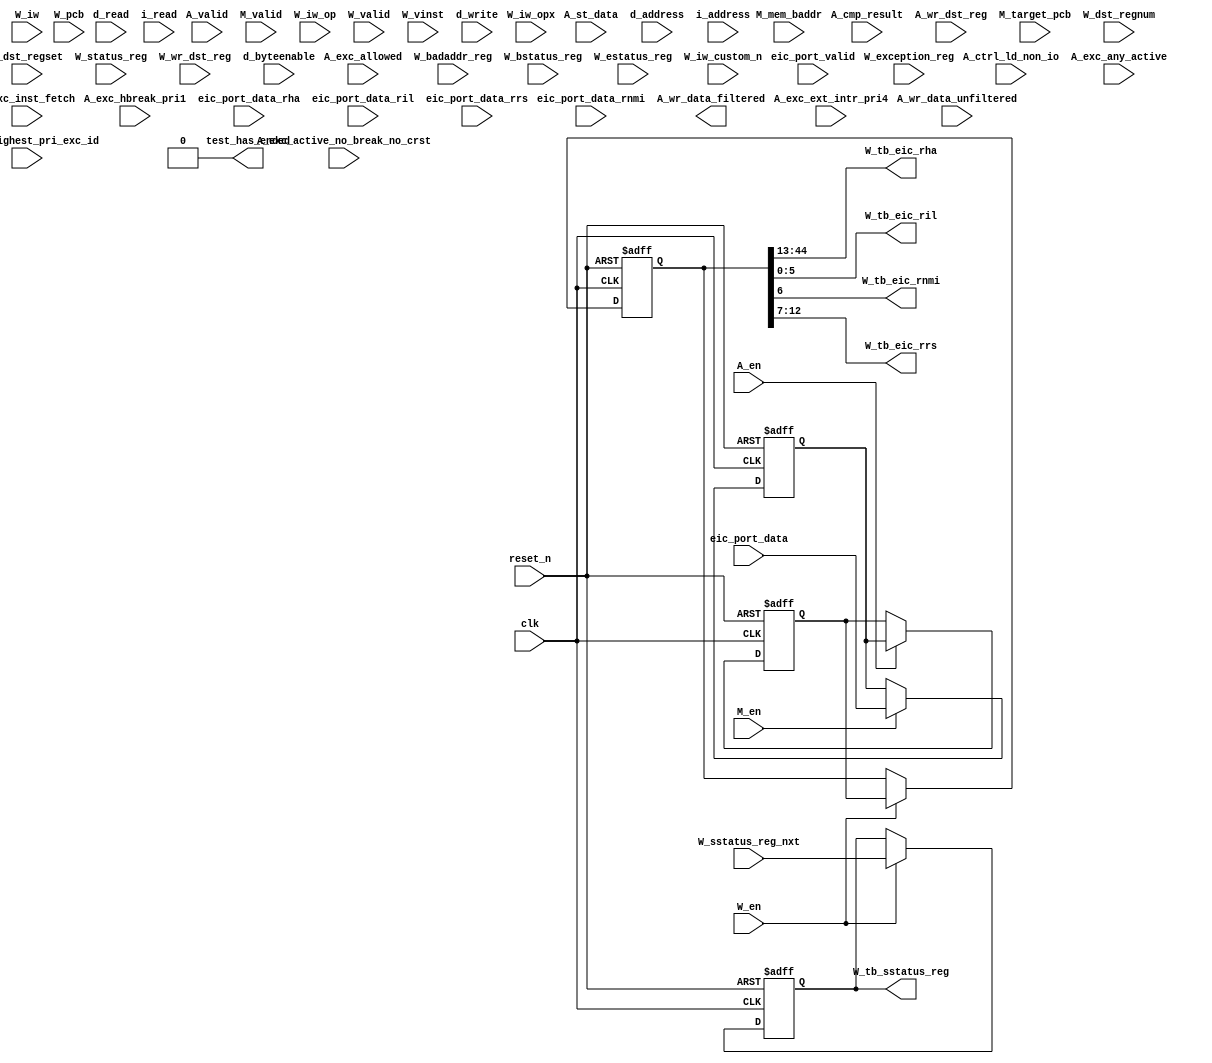
//Legal Notice: (C)2021 Altera Corporation. All rights reserved.  Your
//use of Altera Corporation's design tools, logic functions and other
//software and tools, and its AMPP partner logic functions, and any
//output files any of the foregoing (including device programming or
//simulation files), and any associated documentation or information are
//expressly subject to the terms and conditions of the Altera Program
//License Subscription Agreement or other applicable license agreement,
//including, without limitation, that your use is for the sole purpose
//of programming logic devices manufactured by Altera and sold by Altera
//or its authorized distributors.  Please refer to the applicable
//agreement for further details.

// synthesis translate_off
`timescale 1ns / 1ps
// synthesis translate_on

// turn off superfluous verilog processor warnings 
// altera message_level Level1 
// altera message_off 10034 10035 10036 10037 10230 10240 10030 

module controller_nios_0_cpu_test_bench (
                                          // inputs:
                                           A_cmp_result,
                                           A_ctrl_ld_non_io,
                                           A_en,
                                           A_exc_active_no_break_no_crst,
                                           A_exc_allowed,
                                           A_exc_any_active,
                                           A_exc_ext_intr_pri4,
                                           A_exc_hbreak_pri1,
                                           A_exc_highest_pri_exc_id,
                                           A_exc_inst_fetch,
                                           A_st_data,
                                           A_valid,
                                           A_wr_data_unfiltered,
                                           A_wr_dst_reg,
                                           M_en,
                                           M_mem_baddr,
                                           M_target_pcb,
                                           M_valid,
                                           W_badaddr_reg,
                                           W_bstatus_reg,
                                           W_dst_regnum,
                                           W_dst_regset,
                                           W_en,
                                           W_estatus_reg,
                                           W_exception_reg,
                                           W_iw,
                                           W_iw_custom_n,
                                           W_iw_op,
                                           W_iw_opx,
                                           W_pcb,
                                           W_sstatus_reg_nxt,
                                           W_status_reg,
                                           W_valid,
                                           W_vinst,
                                           W_wr_dst_reg,
                                           clk,
                                           d_address,
                                           d_byteenable,
                                           d_read,
                                           d_write,
                                           eic_port_data,
                                           eic_port_data_rha,
                                           eic_port_data_ril,
                                           eic_port_data_rnmi,
                                           eic_port_data_rrs,
                                           eic_port_valid,
                                           i_address,
                                           i_read,
                                           reset_n,

                                          // outputs:
                                           A_wr_data_filtered,
                                           W_tb_eic_rha,
                                           W_tb_eic_ril,
                                           W_tb_eic_rnmi,
                                           W_tb_eic_rrs,
                                           W_tb_sstatus_reg,
                                           test_has_ended
                                        )
;

  output  [ 31: 0] A_wr_data_filtered;
  output  [ 31: 0] W_tb_eic_rha;
  output  [  5: 0] W_tb_eic_ril;
  output           W_tb_eic_rnmi;
  output  [  5: 0] W_tb_eic_rrs;
  output  [ 31: 0] W_tb_sstatus_reg;
  output           test_has_ended;
  input            A_cmp_result;
  input            A_ctrl_ld_non_io;
  input            A_en;
  input            A_exc_active_no_break_no_crst;
  input            A_exc_allowed;
  input            A_exc_any_active;
  input            A_exc_ext_intr_pri4;
  input            A_exc_hbreak_pri1;
  input   [ 31: 0] A_exc_highest_pri_exc_id;
  input            A_exc_inst_fetch;
  input   [ 31: 0] A_st_data;
  input            A_valid;
  input   [ 31: 0] A_wr_data_unfiltered;
  input            A_wr_dst_reg;
  input            M_en;
  input   [ 15: 0] M_mem_baddr;
  input   [ 15: 0] M_target_pcb;
  input            M_valid;
  input   [ 31: 0] W_badaddr_reg;
  input   [ 31: 0] W_bstatus_reg;
  input   [  4: 0] W_dst_regnum;
  input   [  1: 0] W_dst_regset;
  input            W_en;
  input   [ 31: 0] W_estatus_reg;
  input   [ 31: 0] W_exception_reg;
  input   [ 31: 0] W_iw;
  input   [  7: 0] W_iw_custom_n;
  input   [  5: 0] W_iw_op;
  input   [  5: 0] W_iw_opx;
  input   [ 15: 0] W_pcb;
  input   [ 31: 0] W_sstatus_reg_nxt;
  input   [ 31: 0] W_status_reg;
  input            W_valid;
  input   [303: 0] W_vinst;
  input            W_wr_dst_reg;
  input            clk;
  input   [ 15: 0] d_address;
  input   [  3: 0] d_byteenable;
  input            d_read;
  input            d_write;
  input   [ 44: 0] eic_port_data;
  input   [ 31: 0] eic_port_data_rha;
  input   [  5: 0] eic_port_data_ril;
  input            eic_port_data_rnmi;
  input   [  5: 0] eic_port_data_rrs;
  input            eic_port_valid;
  input   [ 15: 0] i_address;
  input            i_read;
  input            reset_n;


wire             A_iw_invalid;
reg     [ 15: 0] A_mem_baddr;
reg     [ 15: 0] A_target_pcb;
reg     [ 44: 0] A_tb_eic_port_data;
wire    [ 31: 0] A_wr_data_filtered;
wire             A_wr_data_unfiltered_0_is_x;
wire             A_wr_data_unfiltered_10_is_x;
wire             A_wr_data_unfiltered_11_is_x;
wire             A_wr_data_unfiltered_12_is_x;
wire             A_wr_data_unfiltered_13_is_x;
wire             A_wr_data_unfiltered_14_is_x;
wire             A_wr_data_unfiltered_15_is_x;
wire             A_wr_data_unfiltered_16_is_x;
wire             A_wr_data_unfiltered_17_is_x;
wire             A_wr_data_unfiltered_18_is_x;
wire             A_wr_data_unfiltered_19_is_x;
wire             A_wr_data_unfiltered_1_is_x;
wire             A_wr_data_unfiltered_20_is_x;
wire             A_wr_data_unfiltered_21_is_x;
wire             A_wr_data_unfiltered_22_is_x;
wire             A_wr_data_unfiltered_23_is_x;
wire             A_wr_data_unfiltered_24_is_x;
wire             A_wr_data_unfiltered_25_is_x;
wire             A_wr_data_unfiltered_26_is_x;
wire             A_wr_data_unfiltered_27_is_x;
wire             A_wr_data_unfiltered_28_is_x;
wire             A_wr_data_unfiltered_29_is_x;
wire             A_wr_data_unfiltered_2_is_x;
wire             A_wr_data_unfiltered_30_is_x;
wire             A_wr_data_unfiltered_31_is_x;
wire             A_wr_data_unfiltered_3_is_x;
wire             A_wr_data_unfiltered_4_is_x;
wire             A_wr_data_unfiltered_5_is_x;
wire             A_wr_data_unfiltered_6_is_x;
wire             A_wr_data_unfiltered_7_is_x;
wire             A_wr_data_unfiltered_8_is_x;
wire             A_wr_data_unfiltered_9_is_x;
reg     [ 44: 0] M_tb_eic_port_data;
reg              W_cmp_result;
reg              W_exc_any_active;
reg     [ 31: 0] W_exc_highest_pri_exc_id;
wire             W_is_opx_inst;
reg              W_iw_invalid;
wire             W_op_add;
wire             W_op_addi;
wire             W_op_and;
wire             W_op_andhi;
wire             W_op_andi;
wire             W_op_beq;
wire             W_op_bge;
wire             W_op_bgeu;
wire             W_op_blt;
wire             W_op_bltu;
wire             W_op_bne;
wire             W_op_br;
wire             W_op_break;
wire             W_op_bret;
wire             W_op_call;
wire             W_op_callr;
wire             W_op_cmpeq;
wire             W_op_cmpeqi;
wire             W_op_cmpge;
wire             W_op_cmpgei;
wire             W_op_cmpgeu;
wire             W_op_cmpgeui;
wire             W_op_cmplt;
wire             W_op_cmplti;
wire             W_op_cmpltu;
wire             W_op_cmpltui;
wire             W_op_cmpne;
wire             W_op_cmpnei;
wire             W_op_crst;
wire             W_op_custom;
wire             W_op_div;
wire             W_op_divu;
wire             W_op_eret;
wire             W_op_flushd;
wire             W_op_flushda;
wire             W_op_flushi;
wire             W_op_flushp;
wire             W_op_hbreak;
wire             W_op_initd;
wire             W_op_initda;
wire             W_op_initi;
wire             W_op_intr;
wire             W_op_jmp;
wire             W_op_jmpi;
wire             W_op_ldb;
wire             W_op_ldbio;
wire             W_op_ldbu;
wire             W_op_ldbuio;
wire             W_op_ldh;
wire             W_op_ldhio;
wire             W_op_ldhu;
wire             W_op_ldhuio;
wire             W_op_ldl;
wire             W_op_ldw;
wire             W_op_ldwio;
wire             W_op_mul;
wire             W_op_muli;
wire             W_op_mulxss;
wire             W_op_mulxsu;
wire             W_op_mulxuu;
wire             W_op_nextpc;
wire             W_op_nios_custom_instr_floating_point_2_0;
wire             W_op_nios_custom_instr_floating_point_2_0_1;
wire             W_op_nor;
wire             W_op_op_rsv02;
wire             W_op_op_rsv09;
wire             W_op_op_rsv10;
wire             W_op_op_rsv17;
wire             W_op_op_rsv18;
wire             W_op_op_rsv25;
wire             W_op_op_rsv26;
wire             W_op_op_rsv33;
wire             W_op_op_rsv34;
wire             W_op_op_rsv41;
wire             W_op_op_rsv42;
wire             W_op_op_rsv49;
wire             W_op_op_rsv57;
wire             W_op_op_rsv61;
wire             W_op_op_rsv62;
wire             W_op_op_rsv63;
wire             W_op_opx_rsv00;
wire             W_op_opx_rsv10;
wire             W_op_opx_rsv15;
wire             W_op_opx_rsv17;
wire             W_op_opx_rsv21;
wire             W_op_opx_rsv25;
wire             W_op_opx_rsv33;
wire             W_op_opx_rsv34;
wire             W_op_opx_rsv35;
wire             W_op_opx_rsv42;
wire             W_op_opx_rsv43;
wire             W_op_opx_rsv44;
wire             W_op_opx_rsv47;
wire             W_op_opx_rsv50;
wire             W_op_opx_rsv51;
wire             W_op_opx_rsv55;
wire             W_op_opx_rsv56;
wire             W_op_opx_rsv60;
wire             W_op_opx_rsv63;
wire             W_op_or;
wire             W_op_orhi;
wire             W_op_ori;
wire             W_op_rdctl;
wire             W_op_rdprs;
wire             W_op_ret;
wire             W_op_rol;
wire             W_op_roli;
wire             W_op_ror;
wire             W_op_sll;
wire             W_op_slli;
wire             W_op_sra;
wire             W_op_srai;
wire             W_op_srl;
wire             W_op_srli;
wire             W_op_stb;
wire             W_op_stbio;
wire             W_op_stc;
wire             W_op_sth;
wire             W_op_sthio;
wire             W_op_stw;
wire             W_op_stwio;
wire             W_op_sub;
wire             W_op_sync;
wire             W_op_trap;
wire             W_op_wrctl;
wire             W_op_wrprs;
wire             W_op_xor;
wire             W_op_xorhi;
wire             W_op_xori;
reg     [ 31: 0] W_st_data;
reg     [ 15: 0] W_target_pcb;
reg     [ 44: 0] W_tb_eic_port_data;
wire    [ 31: 0] W_tb_eic_rha;
wire    [  5: 0] W_tb_eic_ril;
wire             W_tb_eic_rnmi;
wire    [  5: 0] W_tb_eic_rrs;
reg     [ 31: 0] W_tb_sstatus_reg;
reg              W_valid_crst;
reg              W_valid_hbreak;
reg              W_valid_intr;
reg     [ 31: 0] W_wr_data_filtered;
wire             test_has_ended;
  assign W_op_call = W_iw_op == 0;
  assign W_op_jmpi = W_iw_op == 1;
  assign W_op_op_rsv02 = W_iw_op == 2;
  assign W_op_ldbu = W_iw_op == 3;
  assign W_op_addi = W_iw_op == 4;
  assign W_op_stb = W_iw_op == 5;
  assign W_op_br = W_iw_op == 6;
  assign W_op_ldb = W_iw_op == 7;
  assign W_op_cmpgei = W_iw_op == 8;
  assign W_op_op_rsv09 = W_iw_op == 9;
  assign W_op_op_rsv10 = W_iw_op == 10;
  assign W_op_ldhu = W_iw_op == 11;
  assign W_op_andi = W_iw_op == 12;
  assign W_op_sth = W_iw_op == 13;
  assign W_op_bge = W_iw_op == 14;
  assign W_op_ldh = W_iw_op == 15;
  assign W_op_cmplti = W_iw_op == 16;
  assign W_op_op_rsv17 = W_iw_op == 17;
  assign W_op_op_rsv18 = W_iw_op == 18;
  assign W_op_initda = W_iw_op == 19;
  assign W_op_ori = W_iw_op == 20;
  assign W_op_stw = W_iw_op == 21;
  assign W_op_blt = W_iw_op == 22;
  assign W_op_ldw = W_iw_op == 23;
  assign W_op_cmpnei = W_iw_op == 24;
  assign W_op_op_rsv25 = W_iw_op == 25;
  assign W_op_op_rsv26 = W_iw_op == 26;
  assign W_op_flushda = W_iw_op == 27;
  assign W_op_xori = W_iw_op == 28;
  assign W_op_stc = W_iw_op == 29;
  assign W_op_bne = W_iw_op == 30;
  assign W_op_ldl = W_iw_op == 31;
  assign W_op_cmpeqi = W_iw_op == 32;
  assign W_op_op_rsv33 = W_iw_op == 33;
  assign W_op_op_rsv34 = W_iw_op == 34;
  assign W_op_ldbuio = W_iw_op == 35;
  assign W_op_muli = W_iw_op == 36;
  assign W_op_stbio = W_iw_op == 37;
  assign W_op_beq = W_iw_op == 38;
  assign W_op_ldbio = W_iw_op == 39;
  assign W_op_cmpgeui = W_iw_op == 40;
  assign W_op_op_rsv41 = W_iw_op == 41;
  assign W_op_op_rsv42 = W_iw_op == 42;
  assign W_op_ldhuio = W_iw_op == 43;
  assign W_op_andhi = W_iw_op == 44;
  assign W_op_sthio = W_iw_op == 45;
  assign W_op_bgeu = W_iw_op == 46;
  assign W_op_ldhio = W_iw_op == 47;
  assign W_op_cmpltui = W_iw_op == 48;
  assign W_op_op_rsv49 = W_iw_op == 49;
  assign W_op_custom = W_iw_op == 50;
  assign W_op_initd = W_iw_op == 51;
  assign W_op_orhi = W_iw_op == 52;
  assign W_op_stwio = W_iw_op == 53;
  assign W_op_bltu = W_iw_op == 54;
  assign W_op_ldwio = W_iw_op == 55;
  assign W_op_rdprs = W_iw_op == 56;
  assign W_op_op_rsv57 = W_iw_op == 57;
  assign W_op_flushd = W_iw_op == 59;
  assign W_op_xorhi = W_iw_op == 60;
  assign W_op_op_rsv61 = W_iw_op == 61;
  assign W_op_op_rsv62 = W_iw_op == 62;
  assign W_op_op_rsv63 = W_iw_op == 63;
  assign W_op_opx_rsv00 = (W_iw_opx == 0) & W_is_opx_inst;
  assign W_op_eret = (W_iw_opx == 1) & W_is_opx_inst;
  assign W_op_roli = (W_iw_opx == 2) & W_is_opx_inst;
  assign W_op_rol = (W_iw_opx == 3) & W_is_opx_inst;
  assign W_op_flushp = (W_iw_opx == 4) & W_is_opx_inst;
  assign W_op_ret = (W_iw_opx == 5) & W_is_opx_inst;
  assign W_op_nor = (W_iw_opx == 6) & W_is_opx_inst;
  assign W_op_mulxuu = (W_iw_opx == 7) & W_is_opx_inst;
  assign W_op_cmpge = (W_iw_opx == 8) & W_is_opx_inst;
  assign W_op_bret = (W_iw_opx == 9) & W_is_opx_inst;
  assign W_op_opx_rsv10 = (W_iw_opx == 10) & W_is_opx_inst;
  assign W_op_ror = (W_iw_opx == 11) & W_is_opx_inst;
  assign W_op_flushi = (W_iw_opx == 12) & W_is_opx_inst;
  assign W_op_jmp = (W_iw_opx == 13) & W_is_opx_inst;
  assign W_op_and = (W_iw_opx == 14) & W_is_opx_inst;
  assign W_op_opx_rsv15 = (W_iw_opx == 15) & W_is_opx_inst;
  assign W_op_cmplt = (W_iw_opx == 16) & W_is_opx_inst;
  assign W_op_opx_rsv17 = (W_iw_opx == 17) & W_is_opx_inst;
  assign W_op_slli = (W_iw_opx == 18) & W_is_opx_inst;
  assign W_op_sll = (W_iw_opx == 19) & W_is_opx_inst;
  assign W_op_wrprs = (W_iw_opx == 20) & W_is_opx_inst;
  assign W_op_opx_rsv21 = (W_iw_opx == 21) & W_is_opx_inst;
  assign W_op_or = (W_iw_opx == 22) & W_is_opx_inst;
  assign W_op_mulxsu = (W_iw_opx == 23) & W_is_opx_inst;
  assign W_op_cmpne = (W_iw_opx == 24) & W_is_opx_inst;
  assign W_op_opx_rsv25 = (W_iw_opx == 25) & W_is_opx_inst;
  assign W_op_srli = (W_iw_opx == 26) & W_is_opx_inst;
  assign W_op_srl = (W_iw_opx == 27) & W_is_opx_inst;
  assign W_op_nextpc = (W_iw_opx == 28) & W_is_opx_inst;
  assign W_op_callr = (W_iw_opx == 29) & W_is_opx_inst;
  assign W_op_xor = (W_iw_opx == 30) & W_is_opx_inst;
  assign W_op_mulxss = (W_iw_opx == 31) & W_is_opx_inst;
  assign W_op_cmpeq = (W_iw_opx == 32) & W_is_opx_inst;
  assign W_op_opx_rsv33 = (W_iw_opx == 33) & W_is_opx_inst;
  assign W_op_opx_rsv34 = (W_iw_opx == 34) & W_is_opx_inst;
  assign W_op_opx_rsv35 = (W_iw_opx == 35) & W_is_opx_inst;
  assign W_op_divu = (W_iw_opx == 36) & W_is_opx_inst;
  assign W_op_div = (W_iw_opx == 37) & W_is_opx_inst;
  assign W_op_rdctl = (W_iw_opx == 38) & W_is_opx_inst;
  assign W_op_mul = (W_iw_opx == 39) & W_is_opx_inst;
  assign W_op_cmpgeu = (W_iw_opx == 40) & W_is_opx_inst;
  assign W_op_initi = (W_iw_opx == 41) & W_is_opx_inst;
  assign W_op_opx_rsv42 = (W_iw_opx == 42) & W_is_opx_inst;
  assign W_op_opx_rsv43 = (W_iw_opx == 43) & W_is_opx_inst;
  assign W_op_opx_rsv44 = (W_iw_opx == 44) & W_is_opx_inst;
  assign W_op_trap = (W_iw_opx == 45) & W_is_opx_inst;
  assign W_op_wrctl = (W_iw_opx == 46) & W_is_opx_inst;
  assign W_op_opx_rsv47 = (W_iw_opx == 47) & W_is_opx_inst;
  assign W_op_cmpltu = (W_iw_opx == 48) & W_is_opx_inst;
  assign W_op_add = (W_iw_opx == 49) & W_is_opx_inst;
  assign W_op_opx_rsv50 = (W_iw_opx == 50) & W_is_opx_inst;
  assign W_op_opx_rsv51 = (W_iw_opx == 51) & W_is_opx_inst;
  assign W_op_break = (W_iw_opx == 52) & W_is_opx_inst;
  assign W_op_hbreak = (W_iw_opx == 53) & W_is_opx_inst;
  assign W_op_sync = (W_iw_opx == 54) & W_is_opx_inst;
  assign W_op_opx_rsv55 = (W_iw_opx == 55) & W_is_opx_inst;
  assign W_op_opx_rsv56 = (W_iw_opx == 56) & W_is_opx_inst;
  assign W_op_sub = (W_iw_opx == 57) & W_is_opx_inst;
  assign W_op_srai = (W_iw_opx == 58) & W_is_opx_inst;
  assign W_op_sra = (W_iw_opx == 59) & W_is_opx_inst;
  assign W_op_opx_rsv60 = (W_iw_opx == 60) & W_is_opx_inst;
  assign W_op_intr = (W_iw_opx == 61) & W_is_opx_inst;
  assign W_op_crst = (W_iw_opx == 62) & W_is_opx_inst;
  assign W_op_opx_rsv63 = (W_iw_opx == 63) & W_is_opx_inst;
  assign W_op_nios_custom_instr_floating_point_2_0 = W_op_custom & ({W_iw_custom_n[7 : 4] , 4'b0} == 8'he0);
  assign W_op_nios_custom_instr_floating_point_2_0_1 = W_op_custom & ({W_iw_custom_n[7 : 3] , 3'b0} == 8'hf8);
  assign W_is_opx_inst = W_iw_op == 58;
  always @(posedge clk or negedge reset_n)
    begin
      if (reset_n == 0)
          A_target_pcb <= 0;
      else if (A_en)
          A_target_pcb <= M_target_pcb;
    end


  always @(posedge clk or negedge reset_n)
    begin
      if (reset_n == 0)
          A_mem_baddr <= 0;
      else if (A_en)
          A_mem_baddr <= M_mem_baddr;
    end


  always @(posedge clk or negedge reset_n)
    begin
      if (reset_n == 0)
          W_wr_data_filtered <= 0;
      else 
        W_wr_data_filtered <= A_wr_data_filtered;
    end


  always @(posedge clk or negedge reset_n)
    begin
      if (reset_n == 0)
          W_st_data <= 0;
      else 
        W_st_data <= A_st_data;
    end


  always @(posedge clk or negedge reset_n)
    begin
      if (reset_n == 0)
          W_cmp_result <= 0;
      else 
        W_cmp_result <= A_cmp_result;
    end


  always @(posedge clk or negedge reset_n)
    begin
      if (reset_n == 0)
          W_target_pcb <= 0;
      else 
        W_target_pcb <= A_target_pcb;
    end


  always @(posedge clk or negedge reset_n)
    begin
      if (reset_n == 0)
          W_valid_hbreak <= 0;
      else 
        W_valid_hbreak <= A_exc_allowed & A_exc_hbreak_pri1;
    end


  always @(posedge clk or negedge reset_n)
    begin
      if (reset_n == 0)
          W_valid_crst <= 0;
      else 
        W_valid_crst <= A_exc_allowed & 0;
    end


  always @(posedge clk or negedge reset_n)
    begin
      if (reset_n == 0)
          W_valid_intr <= 0;
      else 
        W_valid_intr <= A_exc_allowed & A_exc_ext_intr_pri4;
    end


  always @(posedge clk or negedge reset_n)
    begin
      if (reset_n == 0)
          W_exc_any_active <= 0;
      else 
        W_exc_any_active <= A_exc_any_active;
    end


  always @(posedge clk or negedge reset_n)
    begin
      if (reset_n == 0)
          W_exc_highest_pri_exc_id <= 0;
      else 
        W_exc_highest_pri_exc_id <= A_exc_highest_pri_exc_id;
    end


  always @(posedge clk or negedge reset_n)
    begin
      if (reset_n == 0)
          M_tb_eic_port_data <= 0;
      else if (M_en)
          M_tb_eic_port_data <= eic_port_data;
    end


  always @(posedge clk or negedge reset_n)
    begin
      if (reset_n == 0)
          A_tb_eic_port_data <= 0;
      else if (A_en)
          A_tb_eic_port_data <= M_tb_eic_port_data;
    end


  always @(posedge clk or negedge reset_n)
    begin
      if (reset_n == 0)
          W_tb_eic_port_data <= 0;
      else if (W_en)
          W_tb_eic_port_data <= A_tb_eic_port_data;
    end


  assign W_tb_eic_ril = W_tb_eic_port_data[5 : 0];
  assign W_tb_eic_rnmi = W_tb_eic_port_data[6];
  assign W_tb_eic_rrs = W_tb_eic_port_data[12 : 7];
  assign W_tb_eic_rha = W_tb_eic_port_data[44 : 13];
  always @(posedge clk or negedge reset_n)
    begin
      if (reset_n == 0)
          W_tb_sstatus_reg <= 0;
      else if (W_en)
          W_tb_sstatus_reg <= W_sstatus_reg_nxt;
    end


  assign A_iw_invalid = A_exc_inst_fetch & A_exc_active_no_break_no_crst;
  always @(posedge clk or negedge reset_n)
    begin
      if (reset_n == 0)
          W_iw_invalid <= 0;
      else 
        W_iw_invalid <= A_iw_invalid;
    end


  assign test_has_ended = 1'b0;

//synthesis translate_off
//////////////// SIMULATION-ONLY CONTENTS
  //Clearing 'X' data bits
  assign A_wr_data_unfiltered_0_is_x = ^(A_wr_data_unfiltered[0]) === 1'bx;

  assign A_wr_data_filtered[0] = (A_wr_data_unfiltered_0_is_x & (A_ctrl_ld_non_io)) ? 1'b0 : A_wr_data_unfiltered[0];
  assign A_wr_data_unfiltered_1_is_x = ^(A_wr_data_unfiltered[1]) === 1'bx;
  assign A_wr_data_filtered[1] = (A_wr_data_unfiltered_1_is_x & (A_ctrl_ld_non_io)) ? 1'b0 : A_wr_data_unfiltered[1];
  assign A_wr_data_unfiltered_2_is_x = ^(A_wr_data_unfiltered[2]) === 1'bx;
  assign A_wr_data_filtered[2] = (A_wr_data_unfiltered_2_is_x & (A_ctrl_ld_non_io)) ? 1'b0 : A_wr_data_unfiltered[2];
  assign A_wr_data_unfiltered_3_is_x = ^(A_wr_data_unfiltered[3]) === 1'bx;
  assign A_wr_data_filtered[3] = (A_wr_data_unfiltered_3_is_x & (A_ctrl_ld_non_io)) ? 1'b0 : A_wr_data_unfiltered[3];
  assign A_wr_data_unfiltered_4_is_x = ^(A_wr_data_unfiltered[4]) === 1'bx;
  assign A_wr_data_filtered[4] = (A_wr_data_unfiltered_4_is_x & (A_ctrl_ld_non_io)) ? 1'b0 : A_wr_data_unfiltered[4];
  assign A_wr_data_unfiltered_5_is_x = ^(A_wr_data_unfiltered[5]) === 1'bx;
  assign A_wr_data_filtered[5] = (A_wr_data_unfiltered_5_is_x & (A_ctrl_ld_non_io)) ? 1'b0 : A_wr_data_unfiltered[5];
  assign A_wr_data_unfiltered_6_is_x = ^(A_wr_data_unfiltered[6]) === 1'bx;
  assign A_wr_data_filtered[6] = (A_wr_data_unfiltered_6_is_x & (A_ctrl_ld_non_io)) ? 1'b0 : A_wr_data_unfiltered[6];
  assign A_wr_data_unfiltered_7_is_x = ^(A_wr_data_unfiltered[7]) === 1'bx;
  assign A_wr_data_filtered[7] = (A_wr_data_unfiltered_7_is_x & (A_ctrl_ld_non_io)) ? 1'b0 : A_wr_data_unfiltered[7];
  assign A_wr_data_unfiltered_8_is_x = ^(A_wr_data_unfiltered[8]) === 1'bx;
  assign A_wr_data_filtered[8] = (A_wr_data_unfiltered_8_is_x & (A_ctrl_ld_non_io)) ? 1'b0 : A_wr_data_unfiltered[8];
  assign A_wr_data_unfiltered_9_is_x = ^(A_wr_data_unfiltered[9]) === 1'bx;
  assign A_wr_data_filtered[9] = (A_wr_data_unfiltered_9_is_x & (A_ctrl_ld_non_io)) ? 1'b0 : A_wr_data_unfiltered[9];
  assign A_wr_data_unfiltered_10_is_x = ^(A_wr_data_unfiltered[10]) === 1'bx;
  assign A_wr_data_filtered[10] = (A_wr_data_unfiltered_10_is_x & (A_ctrl_ld_non_io)) ? 1'b0 : A_wr_data_unfiltered[10];
  assign A_wr_data_unfiltered_11_is_x = ^(A_wr_data_unfiltered[11]) === 1'bx;
  assign A_wr_data_filtered[11] = (A_wr_data_unfiltered_11_is_x & (A_ctrl_ld_non_io)) ? 1'b0 : A_wr_data_unfiltered[11];
  assign A_wr_data_unfiltered_12_is_x = ^(A_wr_data_unfiltered[12]) === 1'bx;
  assign A_wr_data_filtered[12] = (A_wr_data_unfiltered_12_is_x & (A_ctrl_ld_non_io)) ? 1'b0 : A_wr_data_unfiltered[12];
  assign A_wr_data_unfiltered_13_is_x = ^(A_wr_data_unfiltered[13]) === 1'bx;
  assign A_wr_data_filtered[13] = (A_wr_data_unfiltered_13_is_x & (A_ctrl_ld_non_io)) ? 1'b0 : A_wr_data_unfiltered[13];
  assign A_wr_data_unfiltered_14_is_x = ^(A_wr_data_unfiltered[14]) === 1'bx;
  assign A_wr_data_filtered[14] = (A_wr_data_unfiltered_14_is_x & (A_ctrl_ld_non_io)) ? 1'b0 : A_wr_data_unfiltered[14];
  assign A_wr_data_unfiltered_15_is_x = ^(A_wr_data_unfiltered[15]) === 1'bx;
  assign A_wr_data_filtered[15] = (A_wr_data_unfiltered_15_is_x & (A_ctrl_ld_non_io)) ? 1'b0 : A_wr_data_unfiltered[15];
  assign A_wr_data_unfiltered_16_is_x = ^(A_wr_data_unfiltered[16]) === 1'bx;
  assign A_wr_data_filtered[16] = (A_wr_data_unfiltered_16_is_x & (A_ctrl_ld_non_io)) ? 1'b0 : A_wr_data_unfiltered[16];
  assign A_wr_data_unfiltered_17_is_x = ^(A_wr_data_unfiltered[17]) === 1'bx;
  assign A_wr_data_filtered[17] = (A_wr_data_unfiltered_17_is_x & (A_ctrl_ld_non_io)) ? 1'b0 : A_wr_data_unfiltered[17];
  assign A_wr_data_unfiltered_18_is_x = ^(A_wr_data_unfiltered[18]) === 1'bx;
  assign A_wr_data_filtered[18] = (A_wr_data_unfiltered_18_is_x & (A_ctrl_ld_non_io)) ? 1'b0 : A_wr_data_unfiltered[18];
  assign A_wr_data_unfiltered_19_is_x = ^(A_wr_data_unfiltered[19]) === 1'bx;
  assign A_wr_data_filtered[19] = (A_wr_data_unfiltered_19_is_x & (A_ctrl_ld_non_io)) ? 1'b0 : A_wr_data_unfiltered[19];
  assign A_wr_data_unfiltered_20_is_x = ^(A_wr_data_unfiltered[20]) === 1'bx;
  assign A_wr_data_filtered[20] = (A_wr_data_unfiltered_20_is_x & (A_ctrl_ld_non_io)) ? 1'b0 : A_wr_data_unfiltered[20];
  assign A_wr_data_unfiltered_21_is_x = ^(A_wr_data_unfiltered[21]) === 1'bx;
  assign A_wr_data_filtered[21] = (A_wr_data_unfiltered_21_is_x & (A_ctrl_ld_non_io)) ? 1'b0 : A_wr_data_unfiltered[21];
  assign A_wr_data_unfiltered_22_is_x = ^(A_wr_data_unfiltered[22]) === 1'bx;
  assign A_wr_data_filtered[22] = (A_wr_data_unfiltered_22_is_x & (A_ctrl_ld_non_io)) ? 1'b0 : A_wr_data_unfiltered[22];
  assign A_wr_data_unfiltered_23_is_x = ^(A_wr_data_unfiltered[23]) === 1'bx;
  assign A_wr_data_filtered[23] = (A_wr_data_unfiltered_23_is_x & (A_ctrl_ld_non_io)) ? 1'b0 : A_wr_data_unfiltered[23];
  assign A_wr_data_unfiltered_24_is_x = ^(A_wr_data_unfiltered[24]) === 1'bx;
  assign A_wr_data_filtered[24] = (A_wr_data_unfiltered_24_is_x & (A_ctrl_ld_non_io)) ? 1'b0 : A_wr_data_unfiltered[24];
  assign A_wr_data_unfiltered_25_is_x = ^(A_wr_data_unfiltered[25]) === 1'bx;
  assign A_wr_data_filtered[25] = (A_wr_data_unfiltered_25_is_x & (A_ctrl_ld_non_io)) ? 1'b0 : A_wr_data_unfiltered[25];
  assign A_wr_data_unfiltered_26_is_x = ^(A_wr_data_unfiltered[26]) === 1'bx;
  assign A_wr_data_filtered[26] = (A_wr_data_unfiltered_26_is_x & (A_ctrl_ld_non_io)) ? 1'b0 : A_wr_data_unfiltered[26];
  assign A_wr_data_unfiltered_27_is_x = ^(A_wr_data_unfiltered[27]) === 1'bx;
  assign A_wr_data_filtered[27] = (A_wr_data_unfiltered_27_is_x & (A_ctrl_ld_non_io)) ? 1'b0 : A_wr_data_unfiltered[27];
  assign A_wr_data_unfiltered_28_is_x = ^(A_wr_data_unfiltered[28]) === 1'bx;
  assign A_wr_data_filtered[28] = (A_wr_data_unfiltered_28_is_x & (A_ctrl_ld_non_io)) ? 1'b0 : A_wr_data_unfiltered[28];
  assign A_wr_data_unfiltered_29_is_x = ^(A_wr_data_unfiltered[29]) === 1'bx;
  assign A_wr_data_filtered[29] = (A_wr_data_unfiltered_29_is_x & (A_ctrl_ld_non_io)) ? 1'b0 : A_wr_data_unfiltered[29];
  assign A_wr_data_unfiltered_30_is_x = ^(A_wr_data_unfiltered[30]) === 1'bx;
  assign A_wr_data_filtered[30] = (A_wr_data_unfiltered_30_is_x & (A_ctrl_ld_non_io)) ? 1'b0 : A_wr_data_unfiltered[30];
  assign A_wr_data_unfiltered_31_is_x = ^(A_wr_data_unfiltered[31]) === 1'bx;
  assign A_wr_data_filtered[31] = (A_wr_data_unfiltered_31_is_x & (A_ctrl_ld_non_io)) ? 1'b0 : A_wr_data_unfiltered[31];
  always @(posedge clk)
    begin
      if (reset_n)
          if (^(W_wr_dst_reg) === 1'bx)
            begin
              $write("%0d ns: ERROR: controller_nios_0_cpu_test_bench/W_wr_dst_reg is 'x'\n", $time);
              $stop;
            end
    end


  always @(posedge clk or negedge reset_n)
    begin
      if (reset_n == 0)
        begin
        end
      else if (W_wr_dst_reg)
          if (^(W_dst_regnum) === 1'bx)
            begin
              $write("%0d ns: ERROR: controller_nios_0_cpu_test_bench/W_dst_regnum is 'x'\n", $time);
              $stop;
            end
    end


  always @(posedge clk)
    begin
      if (reset_n)
          if (^(W_valid) === 1'bx)
            begin
              $write("%0d ns: ERROR: controller_nios_0_cpu_test_bench/W_valid is 'x'\n", $time);
              $stop;
            end
    end


  always @(posedge clk or negedge reset_n)
    begin
      if (reset_n == 0)
        begin
        end
      else if (W_valid)
          if (^(W_pcb) === 1'bx)
            begin
              $write("%0d ns: ERROR: controller_nios_0_cpu_test_bench/W_pcb is 'x'\n", $time);
              $stop;
            end
    end


  always @(posedge clk or negedge reset_n)
    begin
      if (reset_n == 0)
        begin
        end
      else if (W_valid)
          if (^(W_iw) === 1'bx)
            begin
              $write("%0d ns: ERROR: controller_nios_0_cpu_test_bench/W_iw is 'x'\n", $time);
              $stop;
            end
    end


  always @(posedge clk)
    begin
      if (reset_n)
          if (^(A_en) === 1'bx)
            begin
              $write("%0d ns: ERROR: controller_nios_0_cpu_test_bench/A_en is 'x'\n", $time);
              $stop;
            end
    end


  always @(posedge clk or negedge reset_n)
    begin
      if (reset_n == 0)
        begin
        end
      else if (W_wr_dst_reg)
          if (^(W_dst_regset) === 1'bx)
            begin
              $write("%0d ns: ERROR: controller_nios_0_cpu_test_bench/W_dst_regset is 'x'\n", $time);
              $stop;
            end
    end


  always @(posedge clk)
    begin
      if (reset_n)
          if (^(eic_port_valid) === 1'bx)
            begin
              $write("%0d ns: ERROR: controller_nios_0_cpu_test_bench/eic_port_valid is 'x'\n", $time);
              $stop;
            end
    end


  always @(posedge clk or negedge reset_n)
    begin
      if (reset_n == 0)
        begin
        end
      else if (eic_port_valid)
          if (^(eic_port_data_ril) === 1'bx)
            begin
              $write("%0d ns: ERROR: controller_nios_0_cpu_test_bench/eic_port_data_ril is 'x'\n", $time);
              $stop;
            end
    end


  always @(posedge clk or negedge reset_n)
    begin
      if (reset_n == 0)
        begin
        end
      else if (eic_port_valid & (eic_port_data_ril != 0))
          if (^(eic_port_data_rnmi) === 1'bx)
            begin
              $write("%0d ns: ERROR: controller_nios_0_cpu_test_bench/eic_port_data_rnmi is 'x'\n", $time);
              $stop;
            end
    end


  always @(posedge clk or negedge reset_n)
    begin
      if (reset_n == 0)
        begin
        end
      else if (eic_port_valid & (eic_port_data_ril != 0))
          if (^(eic_port_data_rha) === 1'bx)
            begin
              $write("%0d ns: ERROR: controller_nios_0_cpu_test_bench/eic_port_data_rha is 'x'\n", $time);
              $stop;
            end
    end


  always @(posedge clk or negedge reset_n)
    begin
      if (reset_n == 0)
        begin
        end
      else if (eic_port_valid & (eic_port_data_ril != 0))
          if (^(eic_port_data_rrs) === 1'bx)
            begin
              $write("%0d ns: ERROR: controller_nios_0_cpu_test_bench/eic_port_data_rrs is 'x'\n", $time);
              $stop;
            end
    end


  always @(posedge clk)
    begin
      if (reset_n)
          if (^(M_valid) === 1'bx)
            begin
              $write("%0d ns: ERROR: controller_nios_0_cpu_test_bench/M_valid is 'x'\n", $time);
              $stop;
            end
    end


  always @(posedge clk)
    begin
      if (reset_n)
          if (^(A_valid) === 1'bx)
            begin
              $write("%0d ns: ERROR: controller_nios_0_cpu_test_bench/A_valid is 'x'\n", $time);
              $stop;
            end
    end


  always @(posedge clk or negedge reset_n)
    begin
      if (reset_n == 0)
        begin
        end
      else if (A_valid & A_en & A_wr_dst_reg)
          if (^(A_wr_data_unfiltered) === 1'bx)
            begin
              $write("%0d ns: WARNING: controller_nios_0_cpu_test_bench/A_wr_data_unfiltered is 'x'\n", $time);
            end
    end


  always @(posedge clk)
    begin
      if (reset_n)
          if (^(W_status_reg) === 1'bx)
            begin
              $write("%0d ns: ERROR: controller_nios_0_cpu_test_bench/W_status_reg is 'x'\n", $time);
              $stop;
            end
    end


  always @(posedge clk)
    begin
      if (reset_n)
          if (^(W_estatus_reg) === 1'bx)
            begin
              $write("%0d ns: ERROR: controller_nios_0_cpu_test_bench/W_estatus_reg is 'x'\n", $time);
              $stop;
            end
    end


  always @(posedge clk)
    begin
      if (reset_n)
          if (^(W_bstatus_reg) === 1'bx)
            begin
              $write("%0d ns: ERROR: controller_nios_0_cpu_test_bench/W_bstatus_reg is 'x'\n", $time);
              $stop;
            end
    end


  always @(posedge clk)
    begin
      if (reset_n)
          if (^(W_exception_reg) === 1'bx)
            begin
              $write("%0d ns: ERROR: controller_nios_0_cpu_test_bench/W_exception_reg is 'x'\n", $time);
              $stop;
            end
    end


  always @(posedge clk)
    begin
      if (reset_n)
          if (^(W_badaddr_reg) === 1'bx)
            begin
              $write("%0d ns: ERROR: controller_nios_0_cpu_test_bench/W_badaddr_reg is 'x'\n", $time);
              $stop;
            end
    end


  always @(posedge clk)
    begin
      if (reset_n)
          if (^(A_exc_any_active) === 1'bx)
            begin
              $write("%0d ns: ERROR: controller_nios_0_cpu_test_bench/A_exc_any_active is 'x'\n", $time);
              $stop;
            end
    end


  always @(posedge clk)
    begin
      if (reset_n)
          if (^(i_read) === 1'bx)
            begin
              $write("%0d ns: ERROR: controller_nios_0_cpu_test_bench/i_read is 'x'\n", $time);
              $stop;
            end
    end


  always @(posedge clk or negedge reset_n)
    begin
      if (reset_n == 0)
        begin
        end
      else if (i_read)
          if (^(i_address) === 1'bx)
            begin
              $write("%0d ns: ERROR: controller_nios_0_cpu_test_bench/i_address is 'x'\n", $time);
              $stop;
            end
    end


  always @(posedge clk)
    begin
      if (reset_n)
          if (^(d_write) === 1'bx)
            begin
              $write("%0d ns: ERROR: controller_nios_0_cpu_test_bench/d_write is 'x'\n", $time);
              $stop;
            end
    end


  always @(posedge clk or negedge reset_n)
    begin
      if (reset_n == 0)
        begin
        end
      else if (d_write)
          if (^(d_byteenable) === 1'bx)
            begin
              $write("%0d ns: ERROR: controller_nios_0_cpu_test_bench/d_byteenable is 'x'\n", $time);
              $stop;
            end
    end


  always @(posedge clk or negedge reset_n)
    begin
      if (reset_n == 0)
        begin
        end
      else if (d_write | d_read)
          if (^(d_address) === 1'bx)
            begin
              $write("%0d ns: ERROR: controller_nios_0_cpu_test_bench/d_address is 'x'\n", $time);
              $stop;
            end
    end


  always @(posedge clk)
    begin
      if (reset_n)
          if (^(d_read) === 1'bx)
            begin
              $write("%0d ns: ERROR: controller_nios_0_cpu_test_bench/d_read is 'x'\n", $time);
              $stop;
            end
    end



//////////////// END SIMULATION-ONLY CONTENTS

//synthesis translate_on
//synthesis read_comments_as_HDL on
//  
//  assign A_wr_data_filtered = A_wr_data_unfiltered;
//
//synthesis read_comments_as_HDL off

endmodule